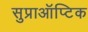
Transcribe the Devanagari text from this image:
सुप्राऑप्टिक